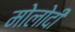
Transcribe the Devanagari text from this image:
मोलोदी